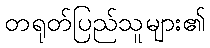
တရုတ်ပြည်သူများ၏